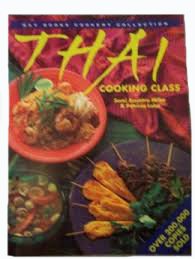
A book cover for Thai Cooking Class (Bay Books Cookery Collection); Somi Anuntra Miller; Cookbooks, Food & Wine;